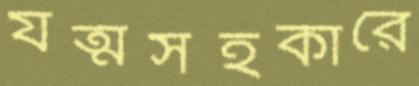
যত্মসহকারে